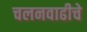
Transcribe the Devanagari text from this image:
चलनवाढीचे